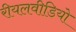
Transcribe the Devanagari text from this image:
रीयलवीडियो